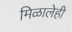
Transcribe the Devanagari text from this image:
मिळालेही